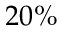
2 0 \%